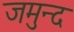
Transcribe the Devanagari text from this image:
जमुन्द